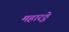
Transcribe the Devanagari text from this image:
महारठ्ठे